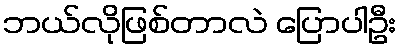
ဘယ်လိုဖြစ်တာလဲ ပြောပါဦး